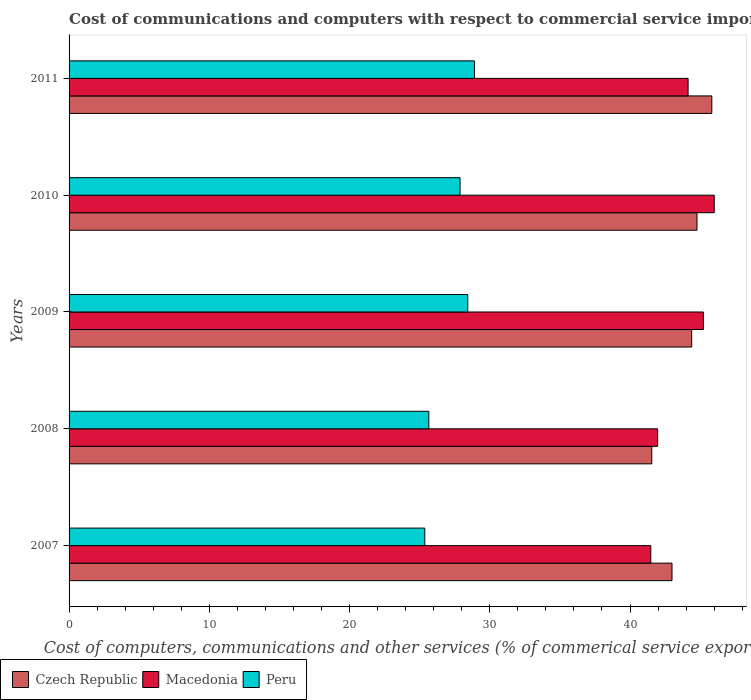
| Years | Czech Republic | Macedonia | Peru |
 | --- | --- | --- | --- |
 | 2007 | 43 | 41.5 | 25.4 |
 | 2008 | 41.5 | 42 | 25.7 |
 | 2009 | 44.4 | 45.2 | 28.4 |
 | 2010 | 44.8 | 46 | 27.9 |
 | 2011 | 45.8 | 44.1 | 28.9 |